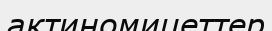
актиномицеттер